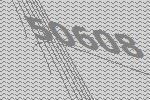
50608